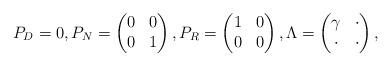
LaTeX: \begin{align*} P_D = 0, P_N = \begin{pmatrix} 0 & 0 \\ 0 & 1 \end{pmatrix}, P_R = \begin{pmatrix} 1 & 0 \\ 0 & 0 \end{pmatrix}, \Lambda = \begin{pmatrix} \gamma & \cdot \\ \cdot & \cdot \end{pmatrix}, \end{align*}